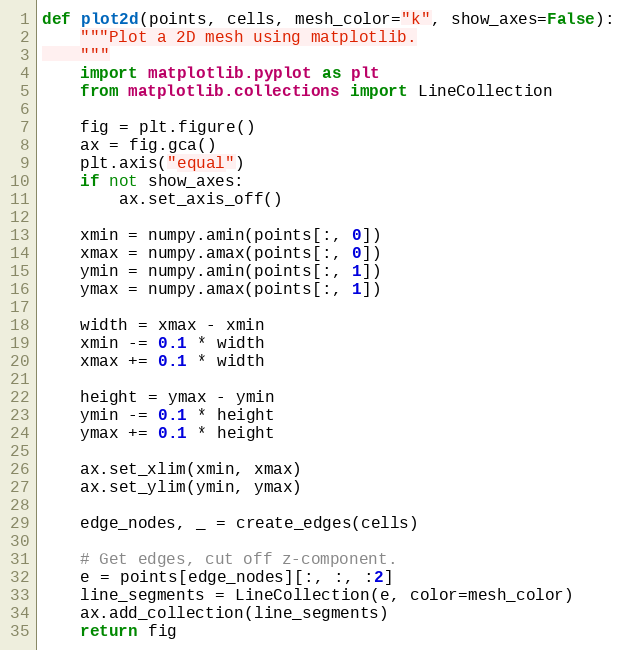
Language: Python
def plot2d(points, cells, mesh_color="k", show_axes=False):
    """Plot a 2D mesh using matplotlib.
    """
    import matplotlib.pyplot as plt
    from matplotlib.collections import LineCollection

    fig = plt.figure()
    ax = fig.gca()
    plt.axis("equal")
    if not show_axes:
        ax.set_axis_off()

    xmin = numpy.amin(points[:, 0])
    xmax = numpy.amax(points[:, 0])
    ymin = numpy.amin(points[:, 1])
    ymax = numpy.amax(points[:, 1])

    width = xmax - xmin
    xmin -= 0.1 * width
    xmax += 0.1 * width

    height = ymax - ymin
    ymin -= 0.1 * height
    ymax += 0.1 * height

    ax.set_xlim(xmin, xmax)
    ax.set_ylim(ymin, ymax)

    edge_nodes, _ = create_edges(cells)

    # Get edges, cut off z-component.
    e = points[edge_nodes][:, :, :2]
    line_segments = LineCollection(e, color=mesh_color)
    ax.add_collection(line_segments)
    return fig